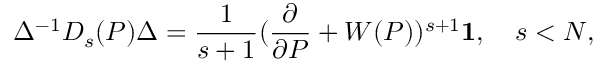
\Delta ^ { - 1 } D _ { s } ( P ) \Delta = \frac { 1 } { s + 1 } ( \frac { \partial } { \partial P } + W ( P ) ) ^ { s + 1 } { \bf 1 } , \quad s < N ,